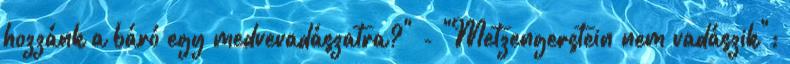
hozzánk a báró egy medvevadászatra?" - "Metzengerstein nem vadászik";